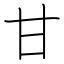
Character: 甘